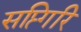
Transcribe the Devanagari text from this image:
सप्त्गिरि